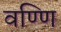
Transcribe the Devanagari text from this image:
वण्णि